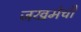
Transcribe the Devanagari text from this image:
जखमेची